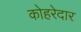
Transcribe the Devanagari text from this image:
कोहरेदार